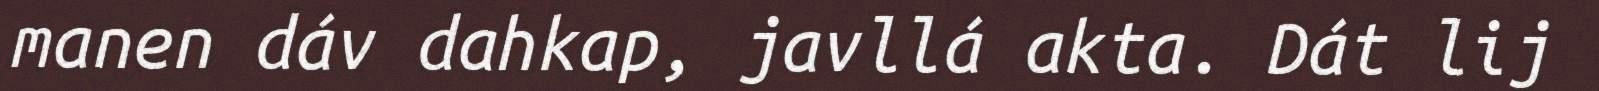
manen dáv dahkap, javllá akta. Dát lij